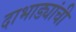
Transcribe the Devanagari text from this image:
दाभाड्यांची